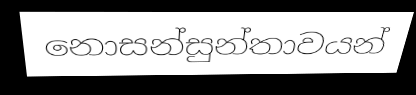
නොසන්සුන්තාවයන්